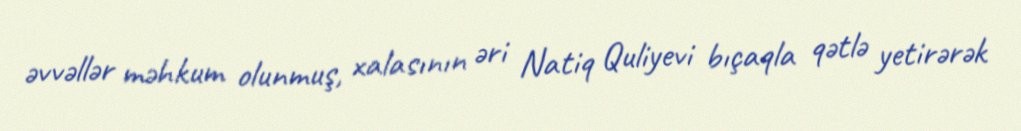
əvvəllər məhkum olunmuş, xalasının əri Natiq Quliyevi bıçaqla qətlə yetirərək